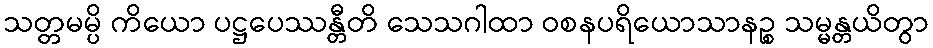
သတ္တမမ္ပိ ကိယော ပဋ္ဌပေဿန္တီတိ သေသဂါထာ ဝစနပရိယောသာနဉ္စ သမ္မန္တယိတွာ